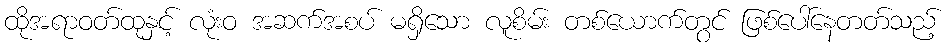
ထိုအရာဝတ်ထုနှင့် လုံးဝ အဆက်အစပ် မရှိသော လူစိမ်း တစ်ယောက်တွင် ဖြစ်ပေါ်နေတတ်သည့်